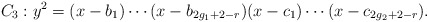
\begin{align*} C_3: y^2 = (x-b_1) \cdots (x-b_{2g_1+2-r})(x-c_1) \cdots (x-c_{2g_2+2-r}).\end{align*}